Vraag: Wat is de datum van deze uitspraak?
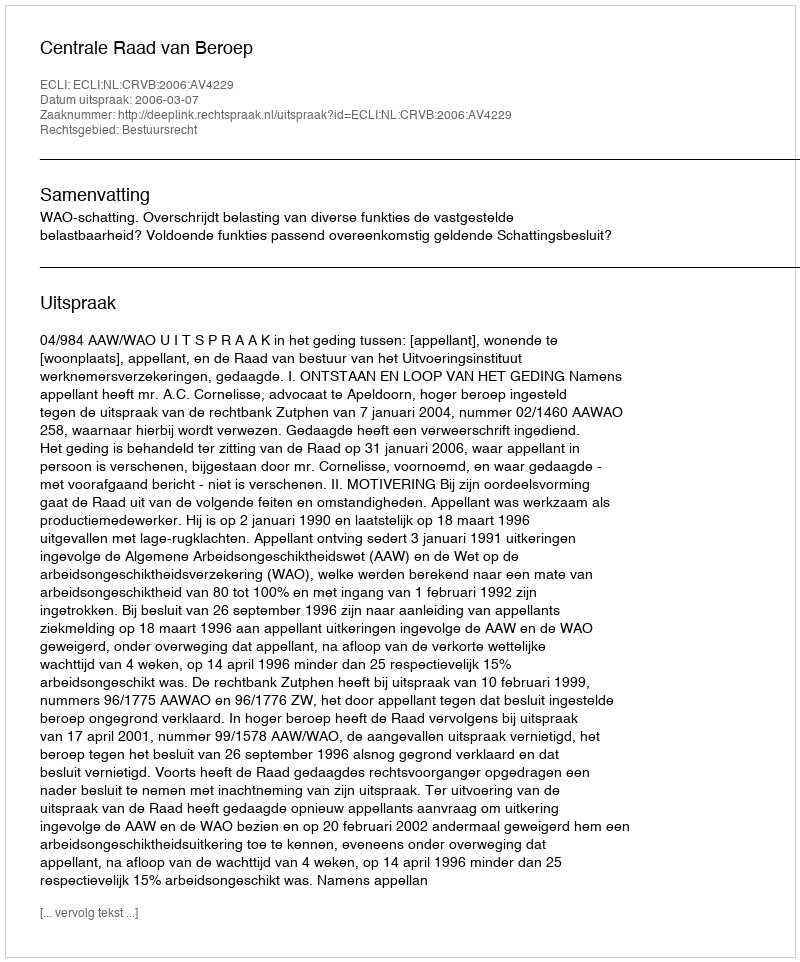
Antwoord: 2006-03-07